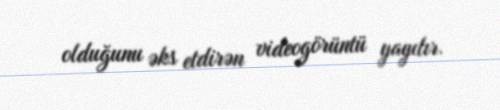
olduğunu əks etdirən videogörüntü yayılır.